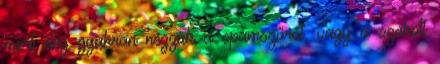
mert elég gyakran nézzük a spamszűrőt, vagy a szokott